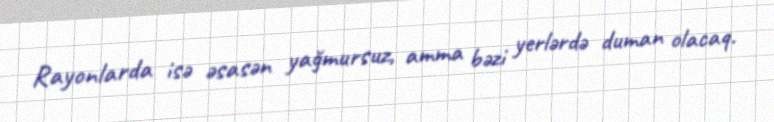
Rayonlarda isə əsasən yağmursuz, amma bəzi yerlərdə duman olacaq.